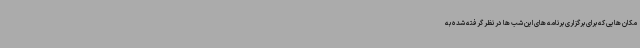
مکان هایی که برای برگزاری برنامه های این شب ها در نظر گرفته شده به